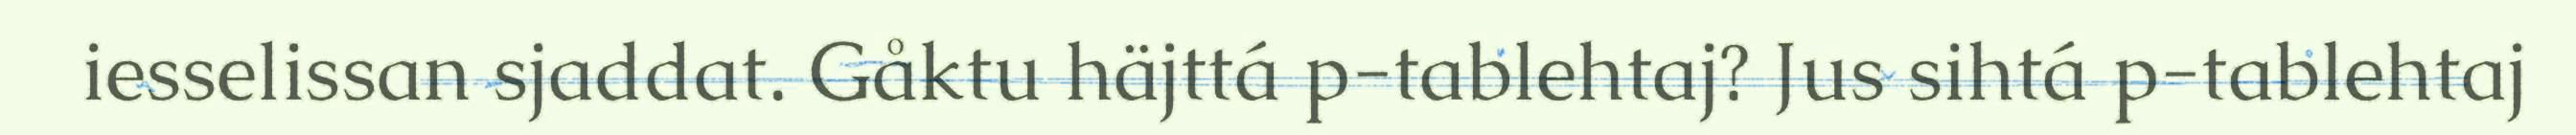
iesselissan sjaddat. Gåktu häjttá p-tablehtaj? Jus sihtá p-tablehtaj